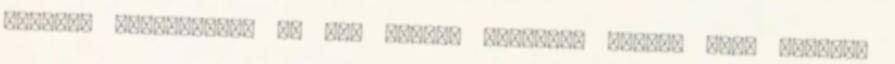
főztem, mosogattam. És még mindig ugyanazt érzem, mint tegnap.